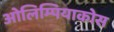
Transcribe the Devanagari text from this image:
ओलिम्पियाकोस